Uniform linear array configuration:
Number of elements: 8
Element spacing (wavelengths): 0.25
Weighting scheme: binomial
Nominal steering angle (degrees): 45
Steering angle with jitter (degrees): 44.132
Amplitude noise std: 0.05
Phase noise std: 0.05

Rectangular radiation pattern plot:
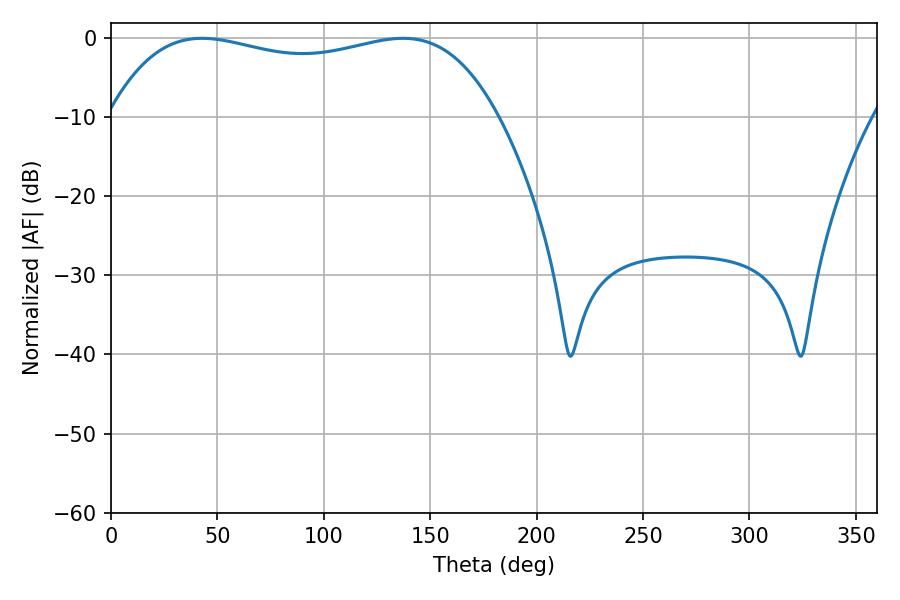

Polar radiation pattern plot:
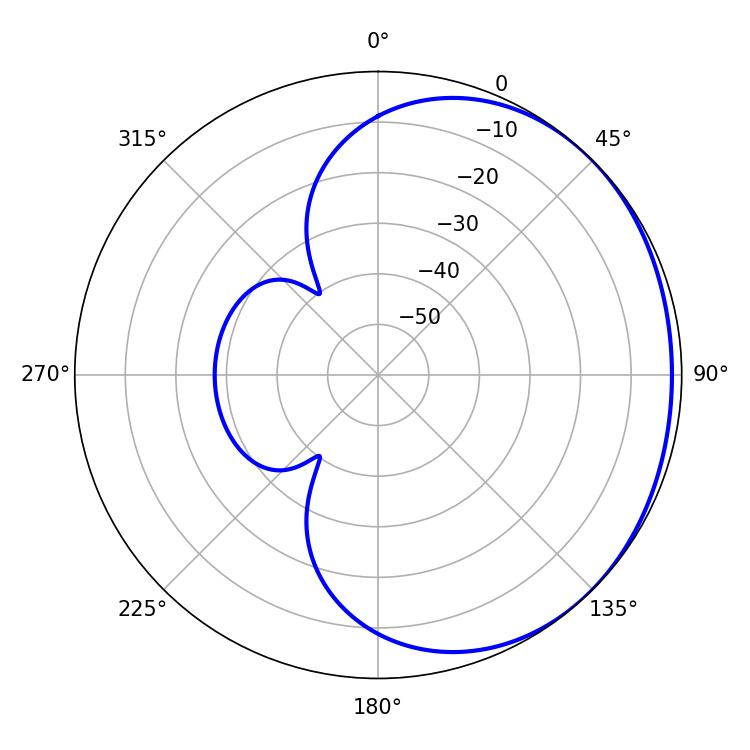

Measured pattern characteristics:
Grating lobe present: FALSE
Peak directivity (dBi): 1.052
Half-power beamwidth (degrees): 147.6
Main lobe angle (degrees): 42.84